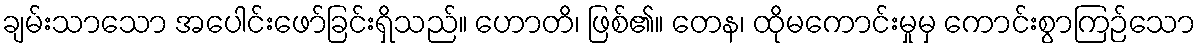
ချမ်းသာသော အပေါင်းဖော်ခြင်းရှိသည်။ ဟောတိ၊ ဖြစ်၏။ တေန၊ ထိုမကောင်းမှုမှ ကောင်းစွာကြဉ်သော